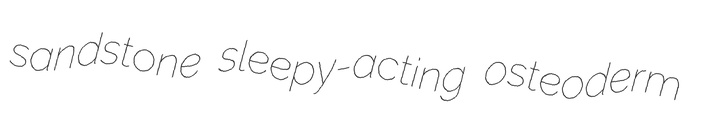
sandstone sleepy-acting osteoderm